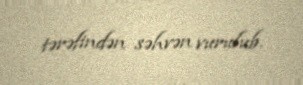
tərəfindən səhvən vurulub.